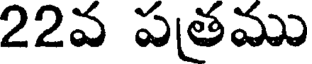
22వ పతము